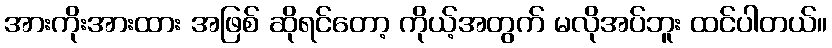
အားကိုးအားထား အဖြစ် ဆိုရင်တော့ ကိုယ့်အတွက် မလိုအပ်ဘူး ထင်ပါတယ်။